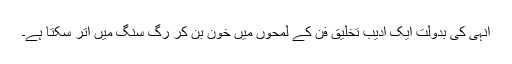
انہی کی بدولت ایک ادیب تخلیق فن کے لمحوں میں خون بن کر رگ سنگ میں اتر سکتا ہے۔